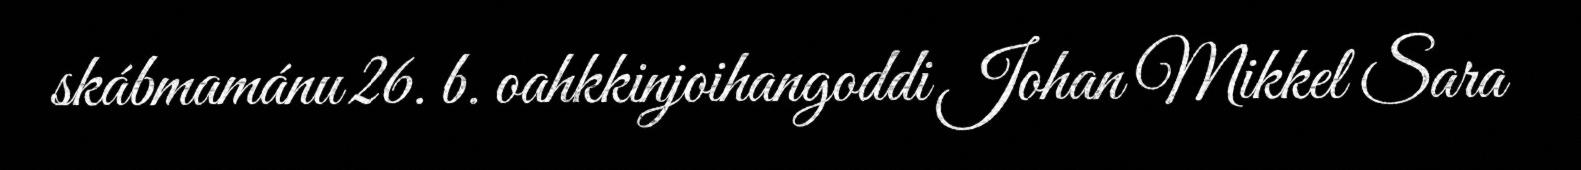
skábmamánu 26. b. oahkkinjoihangoddi Johan Mikkel Sara